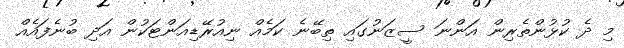
މި ދެ ކުޅުންތެރިން އަންނަ ސީޒަނުގައި ތިބޭނެ ކަމެއް ނިއުރޭޑިއަންޓަކުން އަދި ބުނެފައެއް